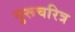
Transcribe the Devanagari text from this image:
गुरूचरित्र